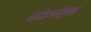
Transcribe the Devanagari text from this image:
कोडकौतुक